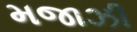
મજાઝી